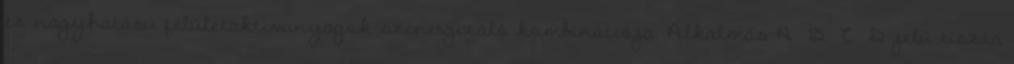
és nagyhatású felületaktívanyagok szinergizáló kombinációja. Alkalmas A B C D jelű tiszta